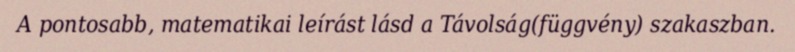
A pontosabb, matematikai leírást lásd a Távolság(függvény) szakaszban.